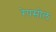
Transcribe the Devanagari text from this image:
रेपसोल